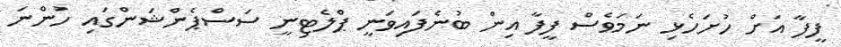
ފީފާ އަށް ހުށަހެޅި ނަމަވެސް ފީފާ އިން ބުނެފައިވަނީ ޕްލެޓިނީ ސަސްޕެންޝަންގައި ހުންނަ